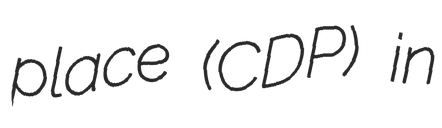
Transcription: place (CDP) in